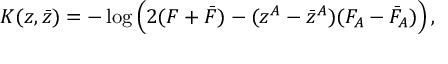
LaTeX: K ( z , \bar { z } ) = - \log \Big ( 2 ( { \cal F } + \bar { \cal F } ) - ( z ^ { A } - \bar { z } ^ { A } ) ( { \cal F } _ { A } - \bar { \cal F } _ { A } ) \Big ) \, ,